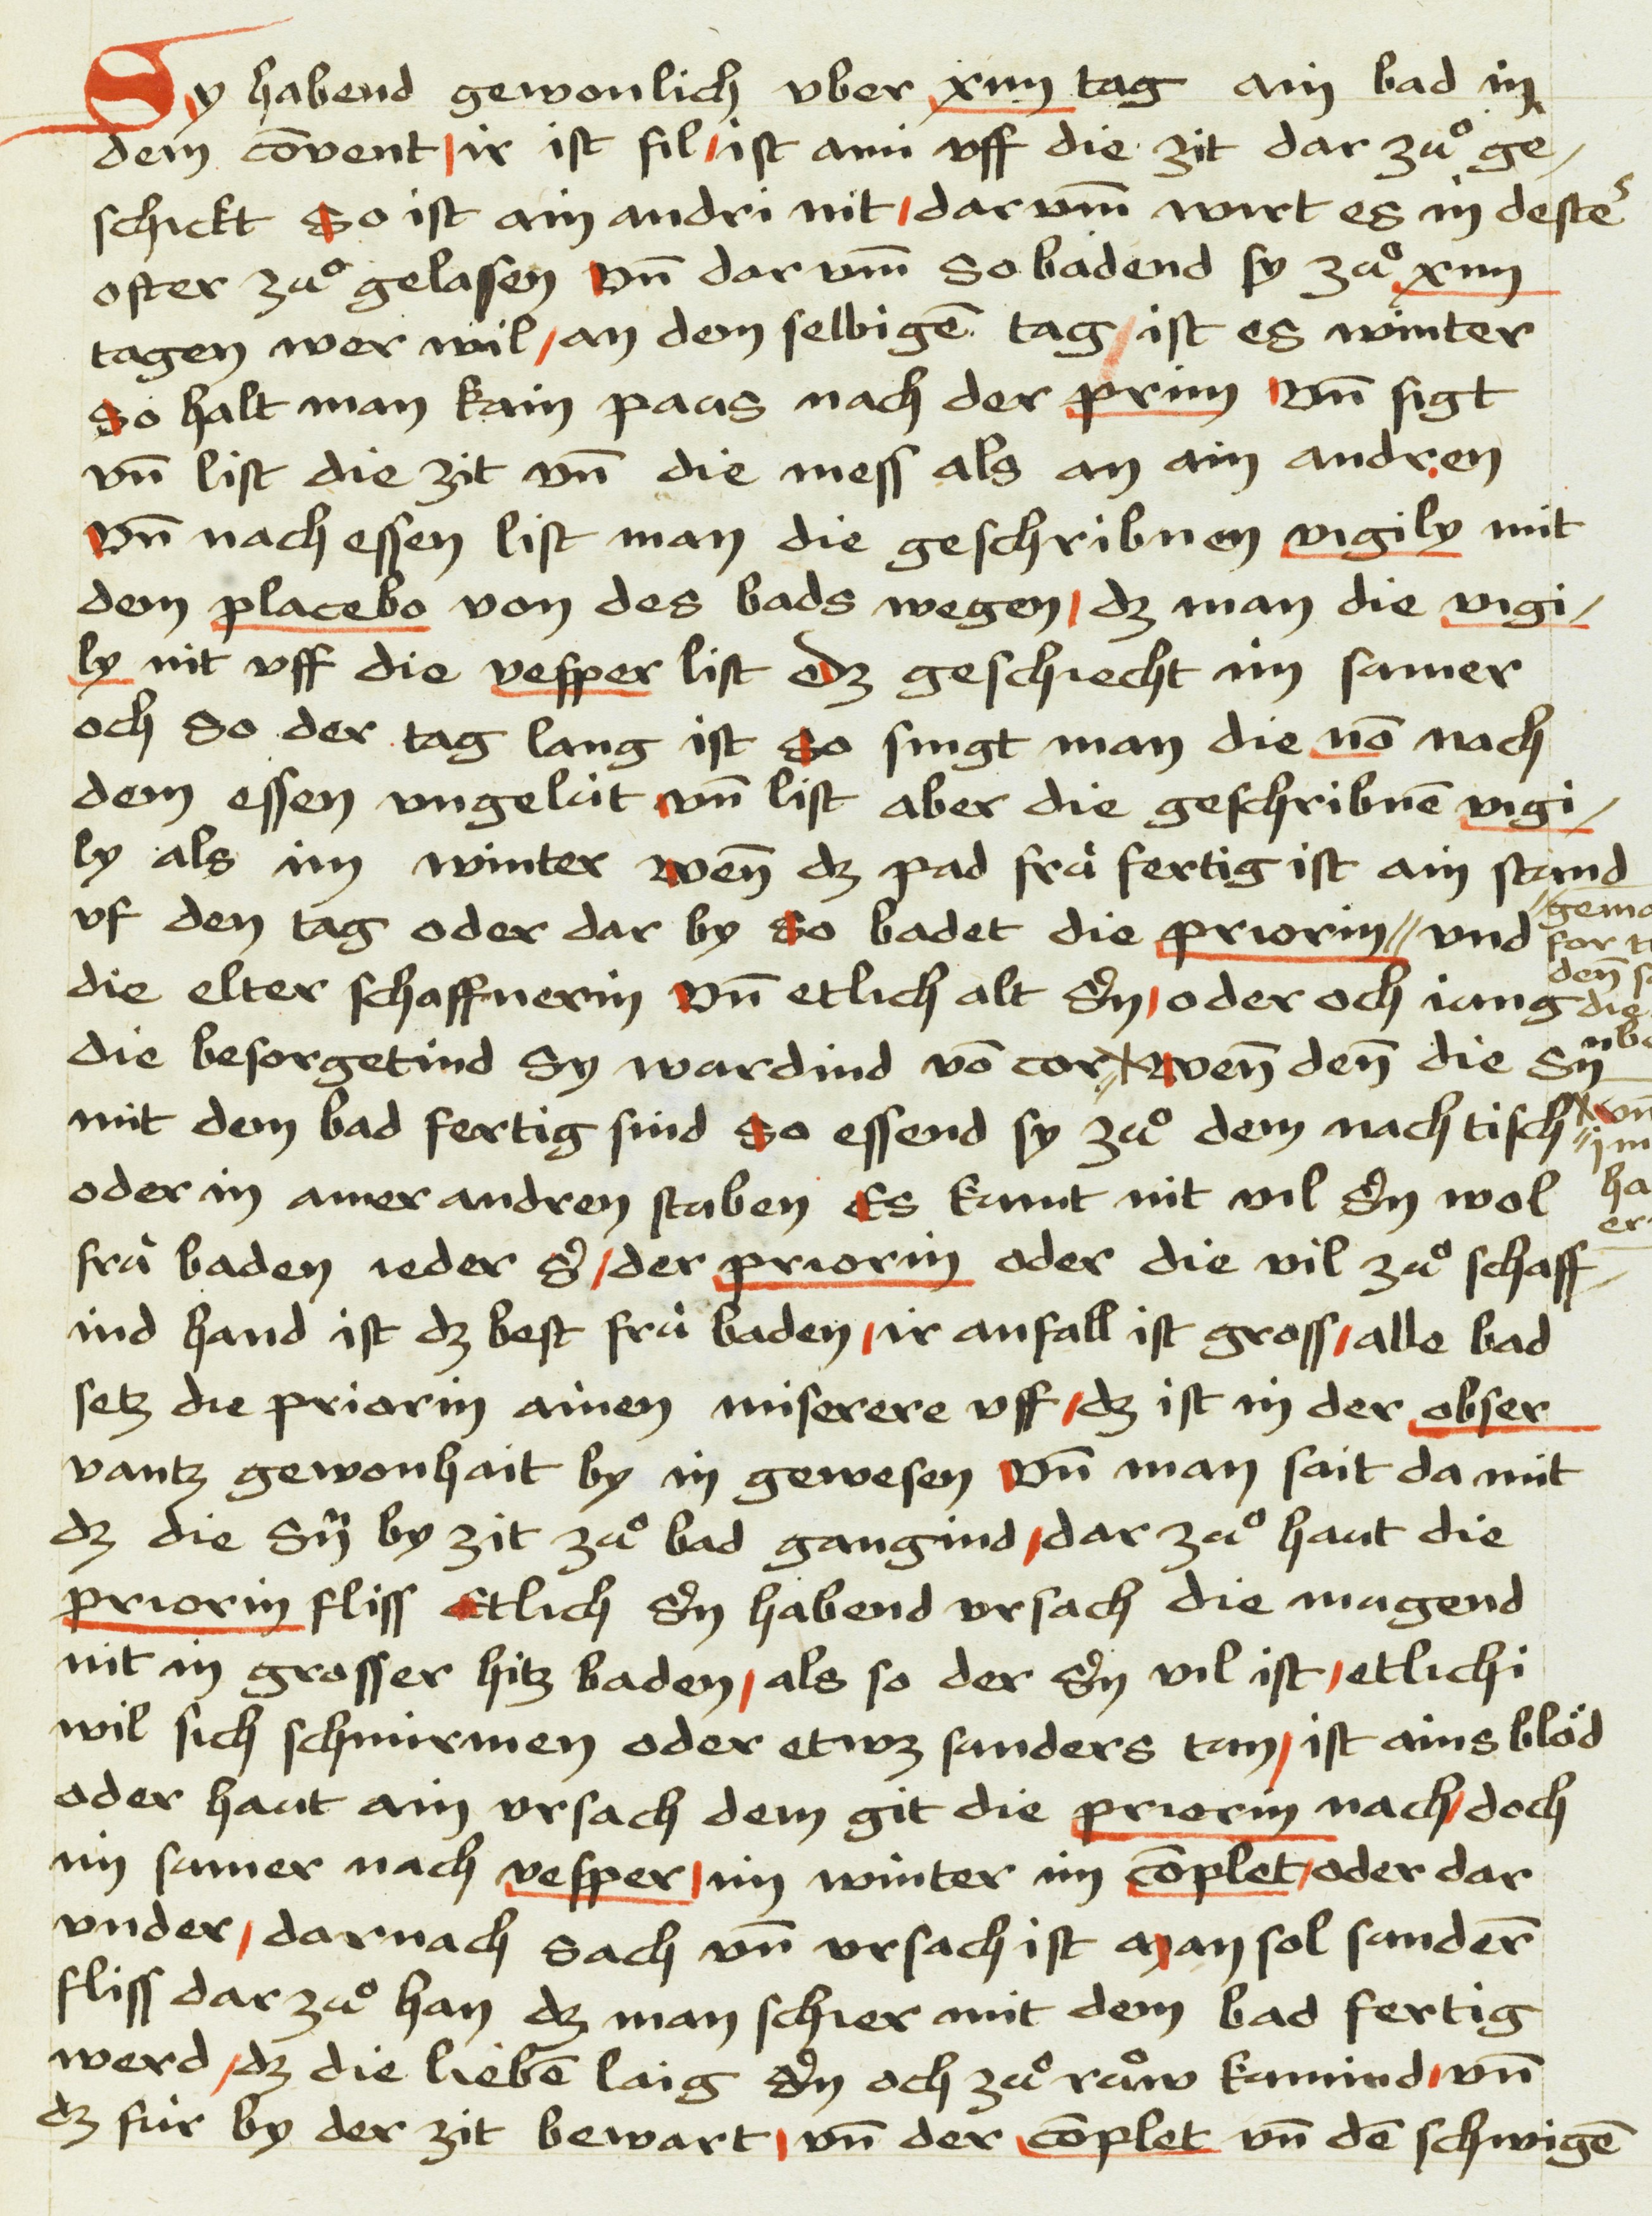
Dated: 1475–1485